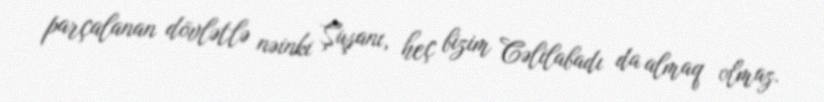
parçalanan dövlətlə nəinki Şuşanı, heç bizim Cəlilabadı da almaq olmaz.